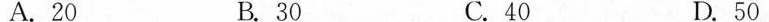
A.20 B.30 C.40 D.50